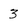
Character: 3